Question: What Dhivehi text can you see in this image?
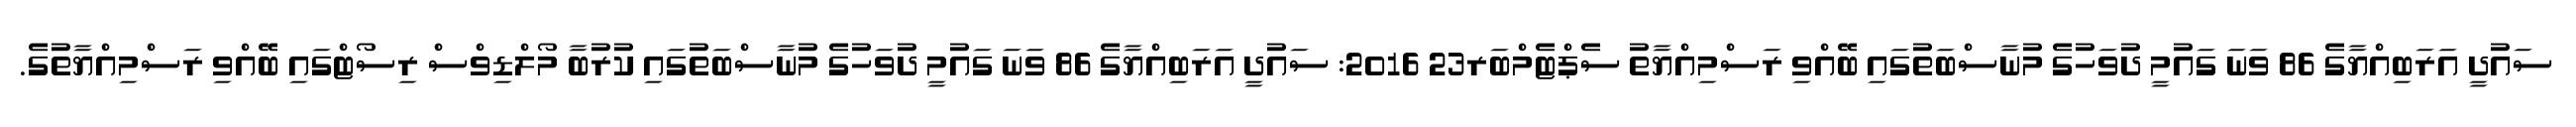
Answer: ސައުދީ އަރަބިއްޔާގެ 86 ވަނަ ގައުމީ ދުވަހުގެ މުނާސްބަތުގައި ބޭއްވި ރަސްމިއްޔާތު ސެޕްޓެމްބަރ23 2016: ސައުދީ އަރަބިއްޔާގެ 86 ވަނަ ގައުމީ ދުވަހުގެ މުނާސްބަތުގައި ކުރުބާ މޯލްޑިވްސް ރިސޯޓްގައި ބޭއްވި ރަސްމިއްޔާތުގެ.